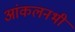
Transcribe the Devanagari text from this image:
आंकलनभी